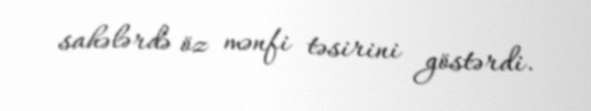
sahələrdə öz mənfi təsirini göstərdi.